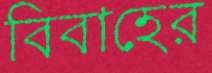
বিবাহের